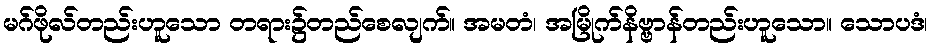
မဂ်ဖိုလ်တည်းဟူသော တရား၌တည်စေလျက်။ အမတံ၊ အမြိုက်နိဗ္ဗာန်တည်းဟူသော။ သောပဒံ၊